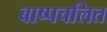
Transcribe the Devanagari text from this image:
बाष्पचलित